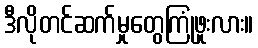
ဒီလိုတင်ဆက်မှုတွေကြုံဖူးလား။